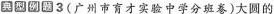
典型例题 3 (广州市育才实验中学分班卷)大圆的